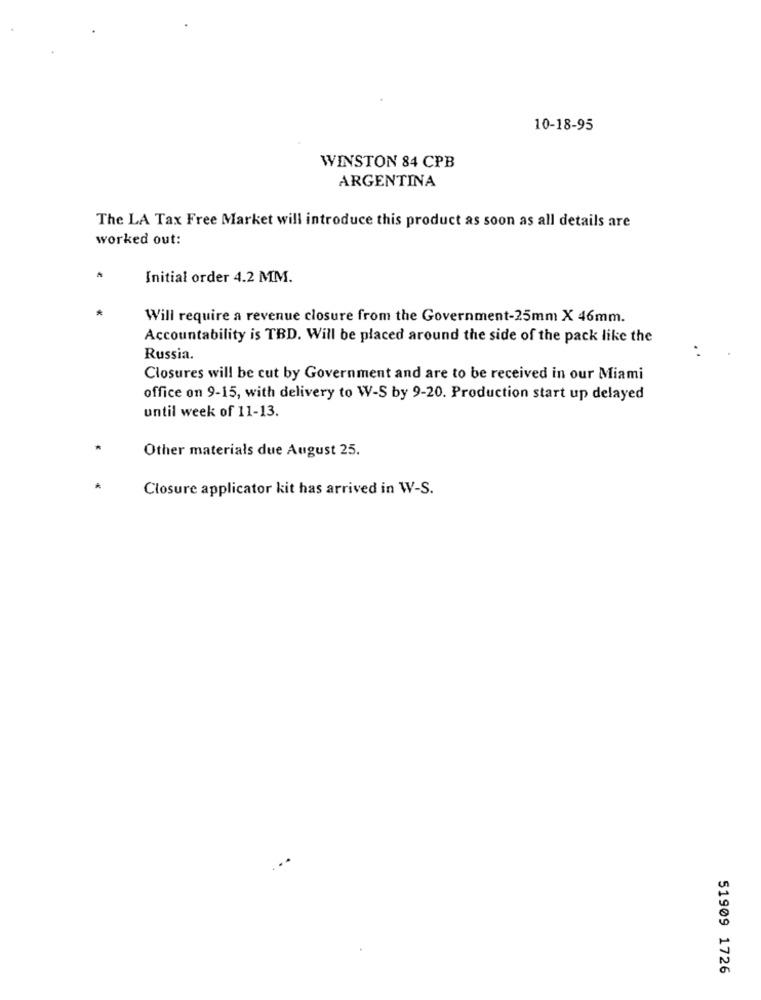
10-18-95
WINSTON 84 CPB
ARGENTINA
The LA Tax Free Market will introduce this product as soon as all details are
worked out:
Initial order 4.2 MM.
Will require a revenue closure from the Government-25mm X 46mm.
Accountability is TBD. Will be placed around the side of the pack like the
Russia.
..
Closures will be cut by Government and are to be received in our Miami
office on 9-15, with delivery to W-S by 9-20. Production start up delayed
until week of 11-13.
Other materials due August 25.
Closure applicator kit has arrived in W-S.
51909 1726